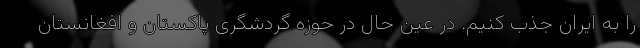
را به ایران جذب کنیم. در عین حال در حوزه گردشگری پاکستان و افغانستان